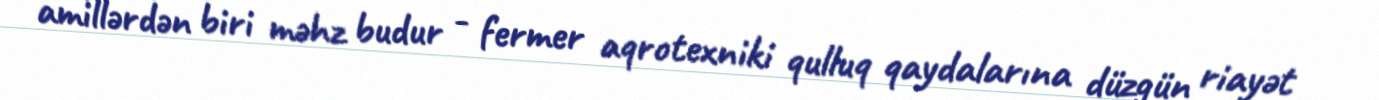
amillərdən biri məhz budur - fermer aqrotexniki qulluq qaydalarına düzgün riayət